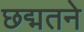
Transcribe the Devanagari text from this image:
छद्मतने